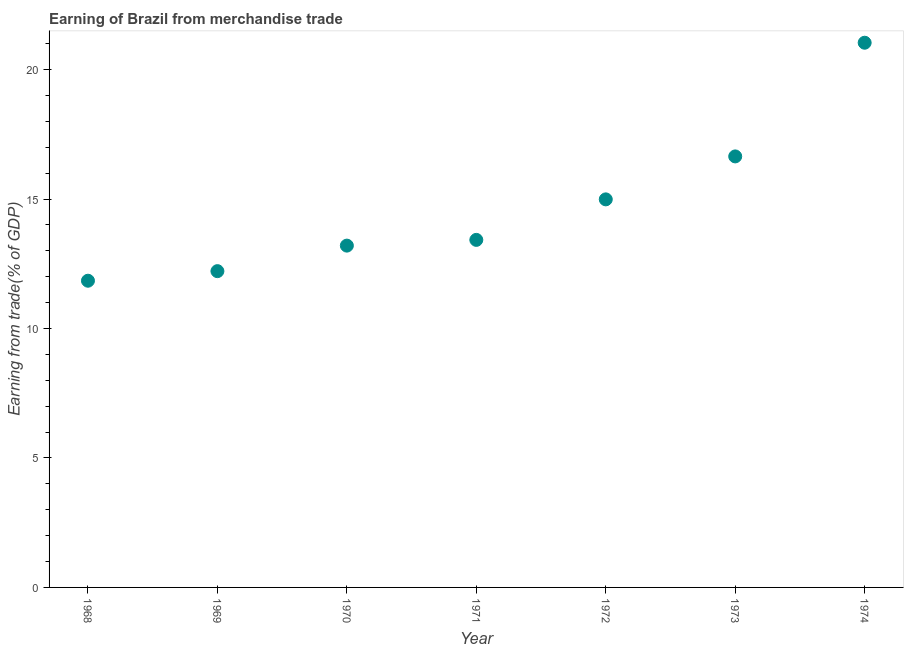
| Year | Merchandise trade |
 | --- | --- |
 | 1968 | 11.8 |
 | 1969 | 12.2 |
 | 1970 | 13.2 |
 | 1971 | 13.4 |
 | 1972 | 15 |
 | 1973 | 16.6 |
 | 1974 | 21 |